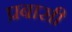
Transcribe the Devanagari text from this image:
प्रबासी